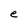
Character: e